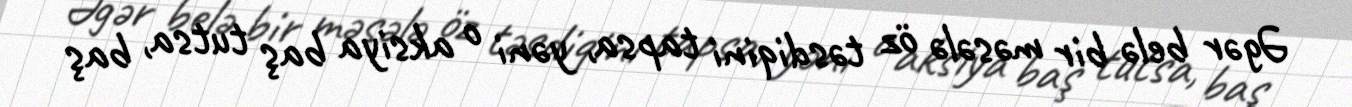
Əgər belə bir məsələ öz təsdiqini tapsa, yəni o aksiya baş tutsa, baş